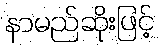
နာမည်ဆိုးဖြင့်